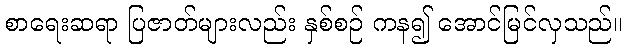
စာရေးဆရာ ပြဇာတ်များလည်း နှစ်စဉ် ကန၍ အောင်မြင်လှသည်။